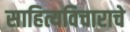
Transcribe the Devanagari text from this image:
साहित्यविचाराचे